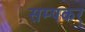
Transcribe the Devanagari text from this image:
सम्पकर्